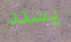
يسدد